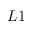
L 1